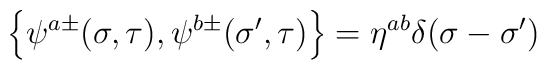
\left\{ \psi ^{a\pm }(\sigma ,\tau ),\psi ^{b\pm }({\sigma }^{\prime },\tau)\right\} =\eta ^{ab}\delta (\sigma -{\sigma }^{\prime })